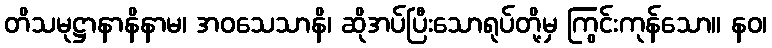
တိသမုဋ္ဌာနာနိနာမ၊ အဝသေသာနိ၊ ဆိုအပ်ပြီးသောရုပ်တို့မှ ကြွင်းကုန်သော။ နဝ၊